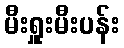
မီးရှူးမီးပန်း